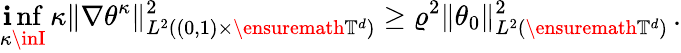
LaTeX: \operatorname*{\mathbf{i}nf}_{\kappa\inI}\, \kappa\| \nabla\theta^{\kappa}\| _{L^{2}((0,1)\times\ensuremath{{\mathbb{{T}}}}^{d})}^{2}\geq\varrho^{2}\| \theta_{0}\| _{L^{2}(\ensuremath{{\mathbb{{T}}}}^{d})}^{2}\, .